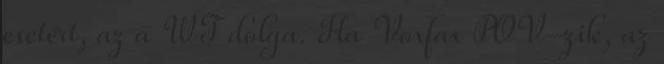
esetért, az a WT dolga. Ha Voxfax POV-zik, az